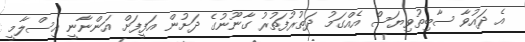
އެ ދައުވާ ސާބިތުވިޔަސް އެއްގަމު ދަތުރުފަތުރު ގާނޫނުގެ ދަށުން އަފީފަށް އަންނާނީ އިސްލާމީ